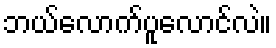
ဘယ်လောက်ပူလောင်လဲ။